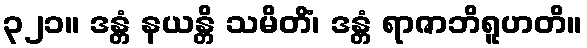
၃၂၁။ ဒန္တံ နယန္တိ သမိတိံ၊ ဒန္တံ ရာဇာဘိရူဟတိ။